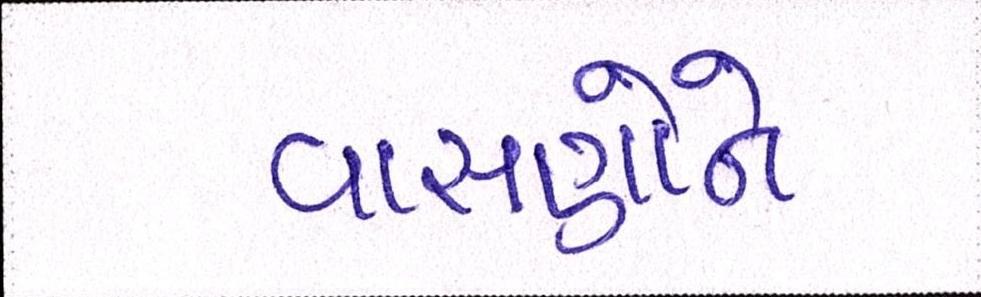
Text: વાસણોને